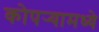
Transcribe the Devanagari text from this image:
कोपर्‍यामध्ये